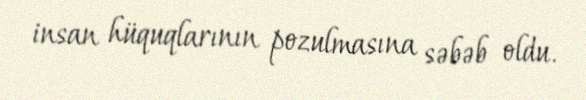
insan hüquqlarının pozulmasına səbəb oldu.